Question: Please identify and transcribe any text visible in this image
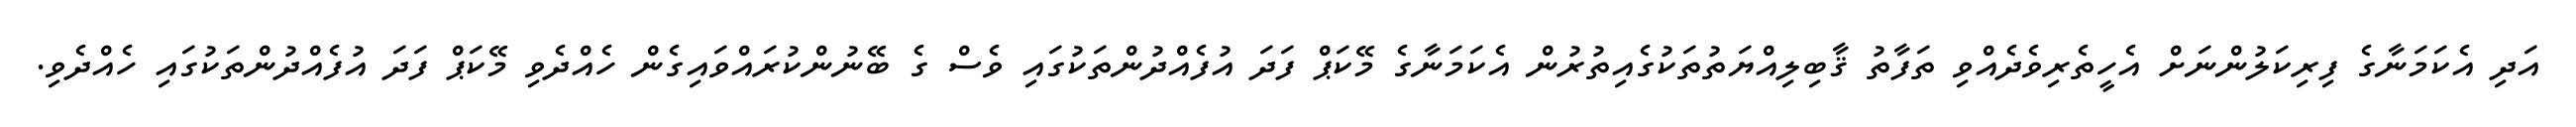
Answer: އަދި އެކަމަނާގެ ފިރިކަލުންނަށް އެހީތެރިވެދެއްވި ތަފާތު ޤާބިލިއްޔަތުތަކުގެއިތުރުން އެކަމަނާގެ މޭކަޕް ފަދަ އުފެއްދުންތަކުގައި ވެސް ގެ ބޭނުންކުރައްވައިގެން ހެއްދެވި މޭކަޕް ފަދަ އުފެއްދުންތަކުގައި ހެއްދެވި.